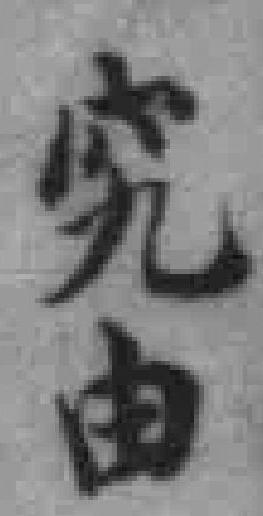
究由